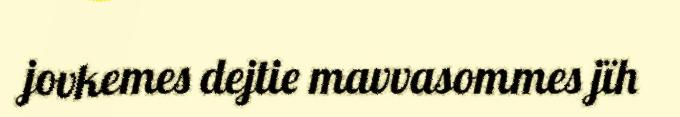
jovkemes dejtie mavvasommes jïh